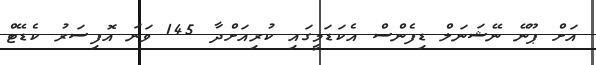
އަށް ޕޫނޭ ނޭޝަނަލް ޑިފެންސް އެކަޑަމީގައި ކުރިއަށްދާ 145 ވަނަ އޮފިސަރު ކެޑޭޓް